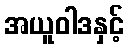
အယူဝါဒနှင့်